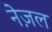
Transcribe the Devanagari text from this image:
नेज़ल